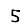
Digit: 5